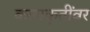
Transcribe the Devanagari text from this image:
कलाकृतींवर